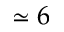
\simeq 6